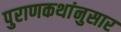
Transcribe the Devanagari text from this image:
पुराणकथांनुसार